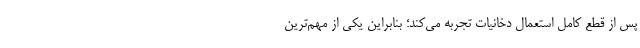
پس از قطع کامل استعمال دخانیات تجربه می‌کند؛ بنابراین یکی از مهم‌ترین